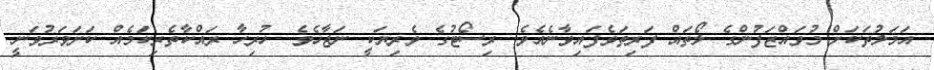
އަމަލުތަކަށް މުވައްޒަފުންގެ ލޯތައް ފަރިތަވެފައިވާނެއެވެ. ރިސޯޓުގެ ވެރިޔަކީ ނަޖާހެވެ. ހުރިހާ ރައްކާތެރިކަމެއް ކަށަވަރުވަނީ